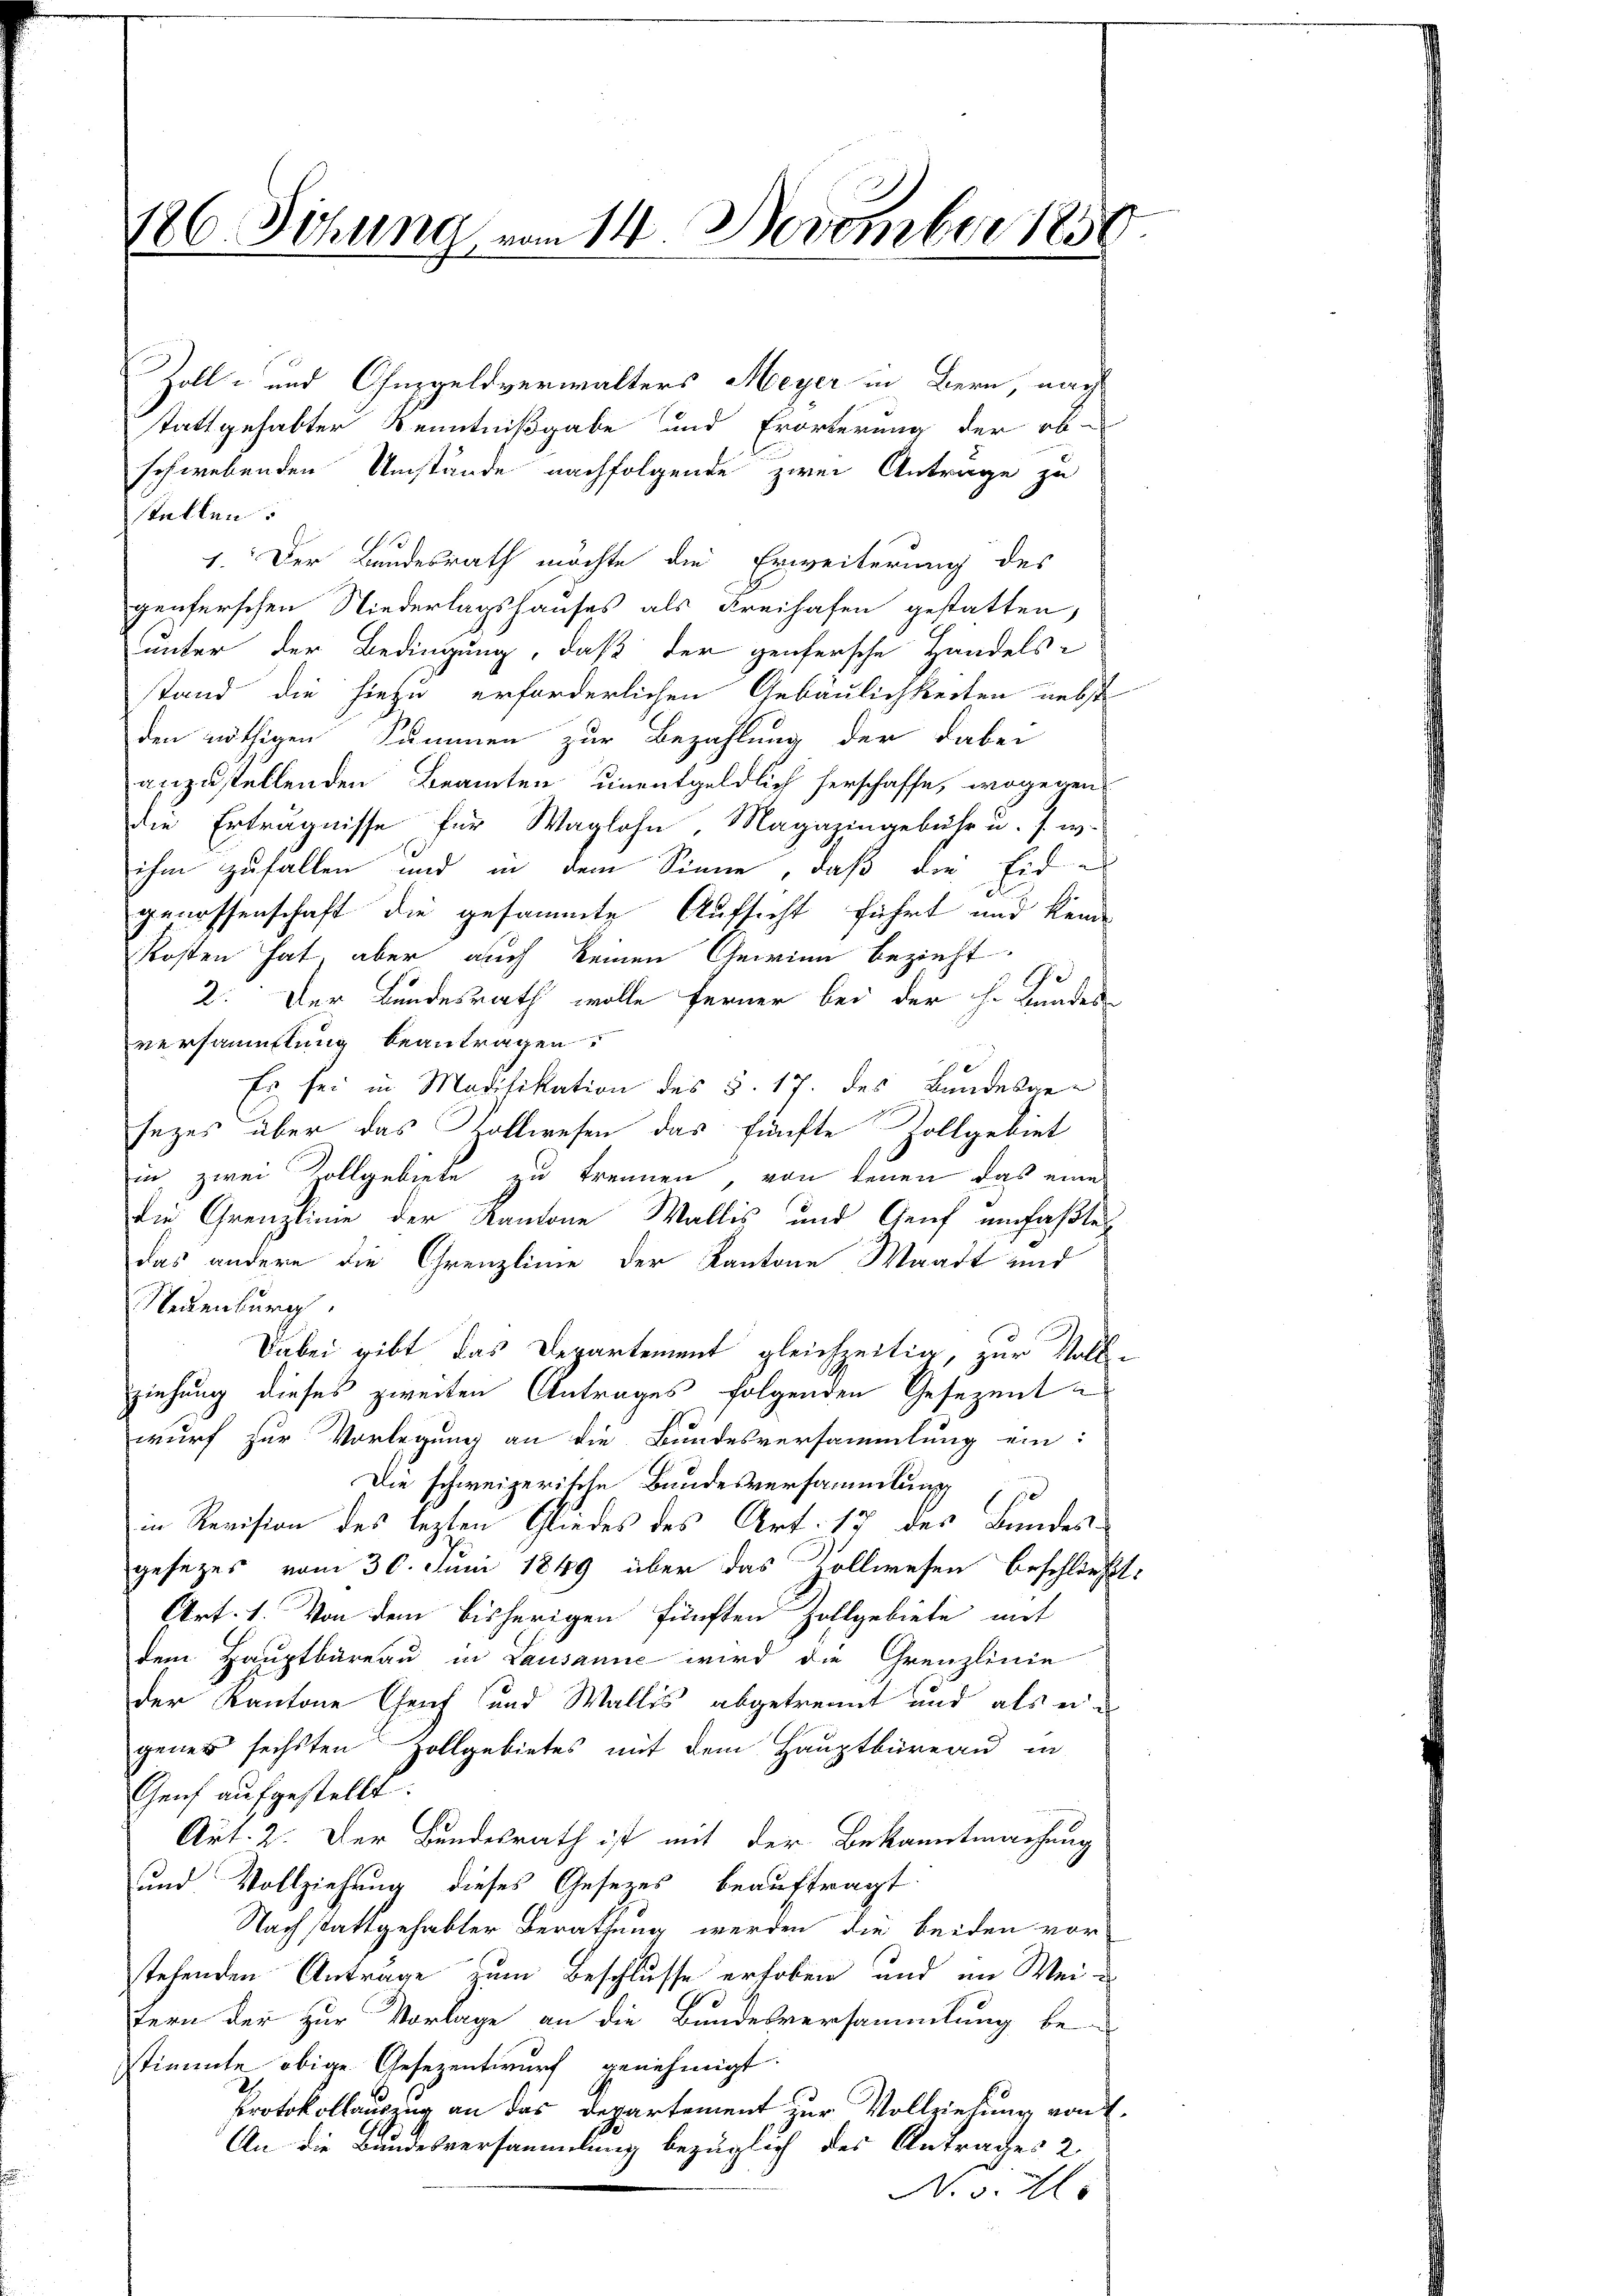
186. Sitzung vom 14. November 1850

Zoll- und Ohnzgeldverwalters Meyer in Bern, nach
stattgehabter Kenntnißgabe und Erörterung der ob-
schwebenden Umstände nachfolgende zwei Antrage zu
stellen.
1. Der Bundesrath möchte die Erweiterung des
genferschen Niederlagshauses als Freihafen gestatten,
unter der Bedingung, daß der genersche Handels-
stand die hiezu erforderlichen Gebäulichkeiten nebst
den nöthigen Summen zur Bezahlung der dabei
anzustellenden Beamten unentgeldlich herschaffe, wogegens
die Erträgnisse für Waglohn, Magazingebühr u. s. w.
ihm zufallen und in dem Sinne, daß die Eid
genossenschaft die gesammte Aufsicht führt und keine
Kosten hat, aber auch keinen Gewinn bezieht
Ge
2: Der Bundesrath wolle ferner bei der H. Gnades-
versammlung beantragen.
Es sei in Modifikation des §. 17. des Bundesge-
sezes über das Zollwesen das fünfte Zollgebiet
in zwei Zollgebiete zu trennen, von tenen das eines
die Grenzlinie der Kantone Wallis und Genf umfaßte
das andere die Grenzlinie der Kantone Waadt und
Neuenburg
Dabei gibt das Departement gleichzeitig, zur Voll-
ziehung dieses zweiten Antrages folgenden Gesezent
wurf zur Vorlegung an die Bundesversammlung ein:
Die schweizerische Bundesversammlung
150
in Revision des lezten Gliedes des Art. 17 des Bundes-
gesezes vom 30. Juni 1849 über das Zollwesen beschließe
Art. 1. Von dem bisherigen fünften Zollgebiete mit
dem Hauptbureau in Lausanne wird die Grenzlinie
der Kantone Genf und Wallis abgetrennt und als eigenes sechsten Zollgebietes mit dem Hauptbüreau in
Genf aufgestellt.
Art. 2. Der Bundesrath ist mit der Bekanntmachung
und Vollziehung dieses Gesetzes beauftragt
Nachstattgehabter Berathung werden, die beiden vor
stehenden Antrage zum Beschlusse erhoben und im Weitern der zur Vorlage an die Bundesversammlung be-
stimmte obige Gesezentwurf genehmigt.
Protokollauszug an das Departement zur Vollziehung von
An die Bundesversammlung bezüglich des Antrages 2
N. v. M.

2